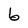
Character: b